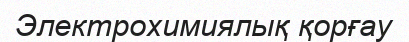
Электрохимиялық қорғау